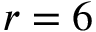
r = 6